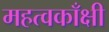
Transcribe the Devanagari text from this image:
महत्वकाँक्षी